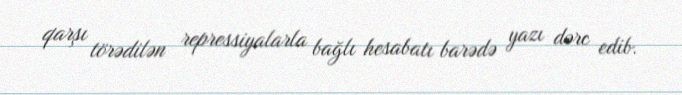
qarşı törədilən repressiyalarla bağlı hesabatı barədə yazı dərc edib.